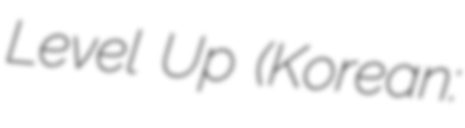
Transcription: Level Up (Korean: